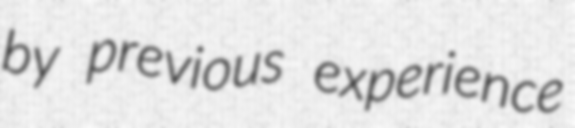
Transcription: by previous experience